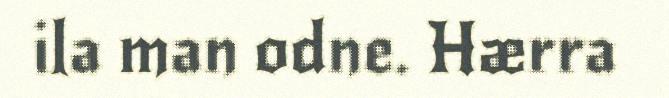
ila man odne. Hærra